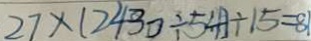
2 7 \times ( 2 4 3 0 \div 5 4 ) \div 1 5 = 8 1